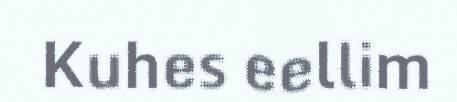
Kuhes eellim